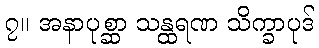
၇။ အနာပုစ္ဆာ သန္ထရဏ သိက္ခာပုဒ်